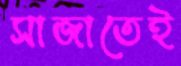
সাজাতেই